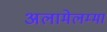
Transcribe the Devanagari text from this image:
अलामेलम्मा